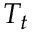
T _ { t }